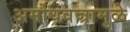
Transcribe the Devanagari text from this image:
अमोघवज्रामुळे